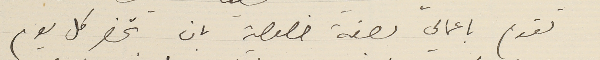
تقوم باعمالي بصفة خصوصية بان تحضر كل يوم